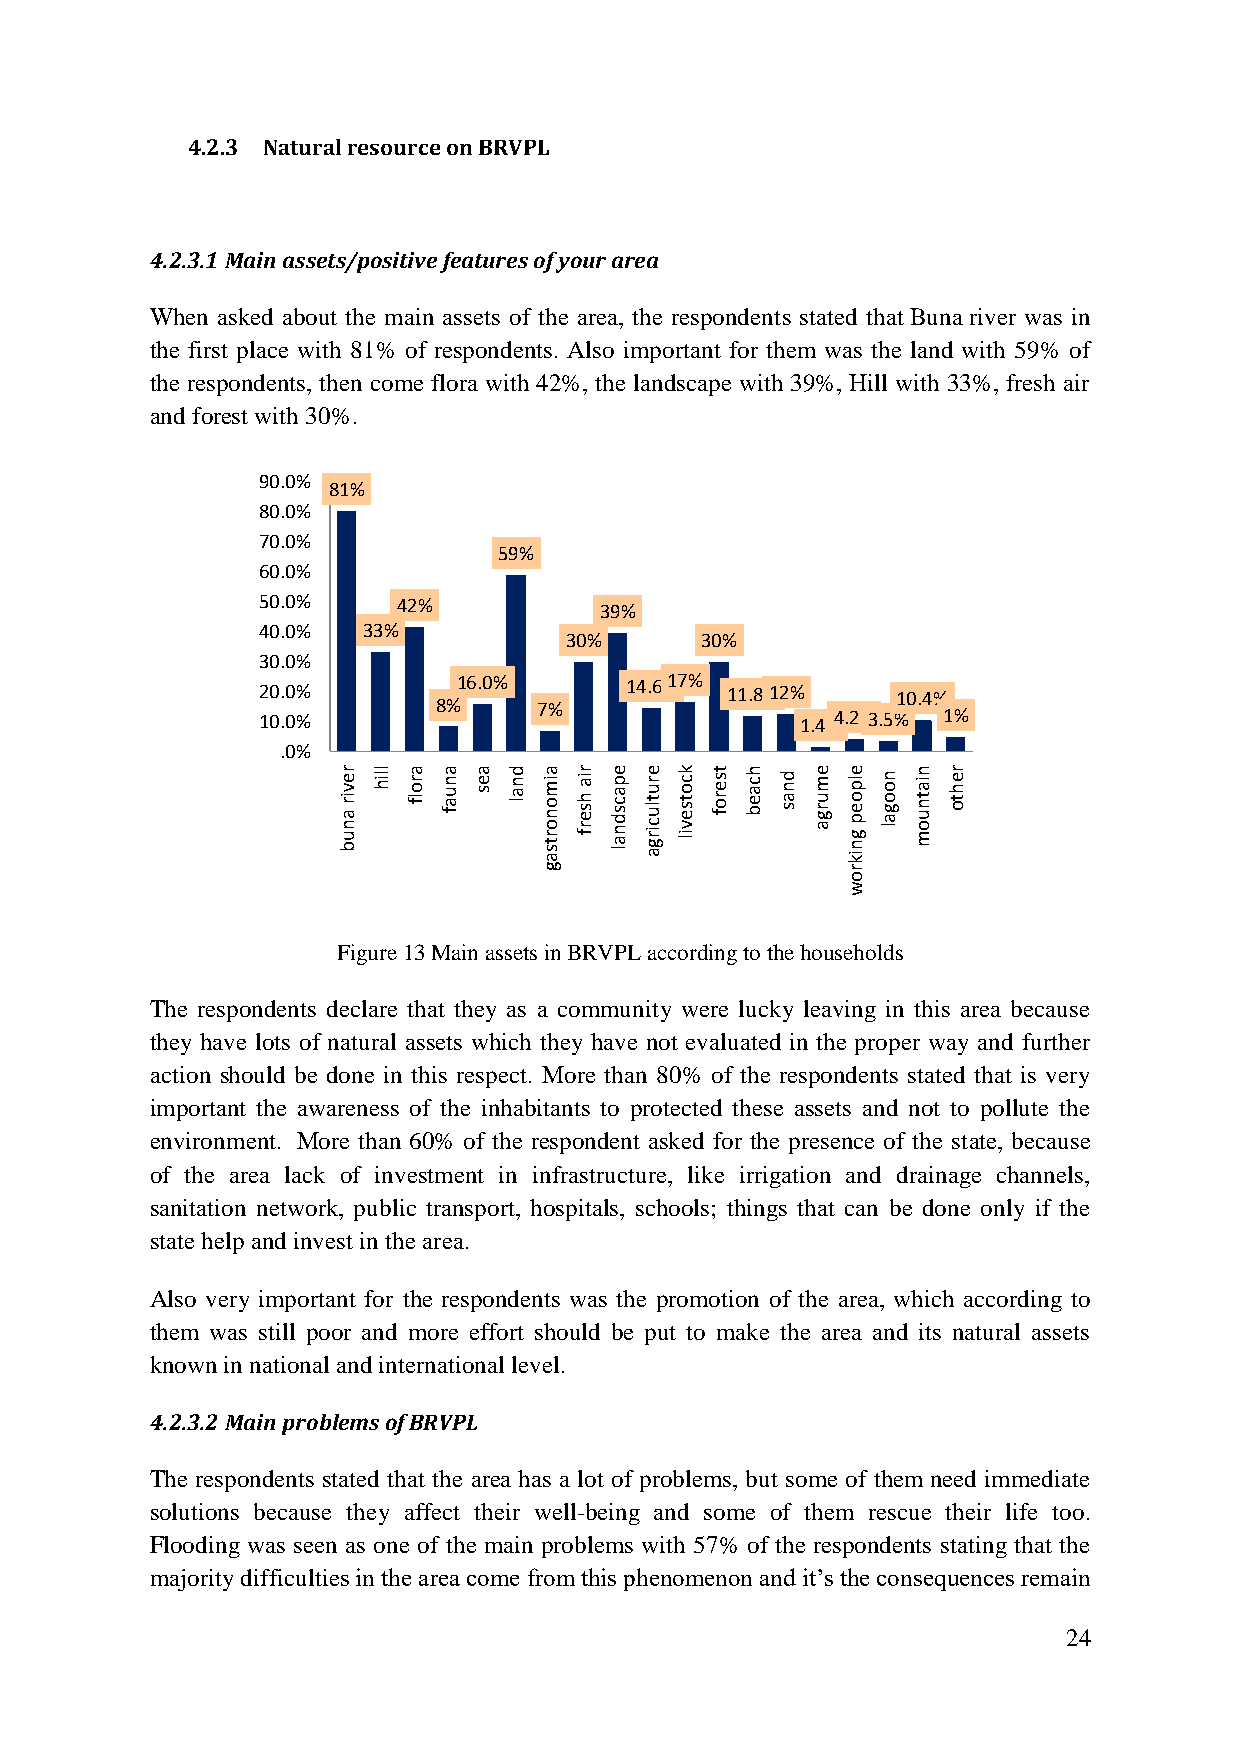
4.2.3 Natural resource on BRVPL
 4.2.3.1 Main assets/positive features of your area
 When asked about the main assets of the area, the respondents stated that Buna river was in
 the first place with 81% of respondents. Also important for them was the land with 59% of
 the respondents, then come flora with 42%, the landscape with 39%, Hill with 33%, fresh air
 and forest with 30%.
 90.0%
 81%
 80.0%
 70.0%
 59%
 60.0%
 50.0%    42%
 39%
 40.0%  33%
 30%      30%
 30.0%
 12 00 .. 00 %%
 8%1 6.0%
 7%
 14.6%1 7%
 11.8%1 2%
 1
 .4%4 .2%3
 .5%10 .4%
 1 %
 .0%
 r e v ir a n u b llih a r o lf a n u a f a e s d n a l a im o n o r t s a r ia h s e r f e p a c s d n a l e r u t lu c ir g a k c o t s e v il t s e r o f h c a e b d n a s e m u r g a e lp o e p g n ik n o o g a l n ia t n u o m r e h t o
 g                   r
 o
 w
 Figure 13 Main assets in BRVPL according to the households
 The respondents declare that they as a community were lucky leaving in this area because
 they have lots of natural assets which they have not evaluated in the proper way and further
 action should be done in this respect. More than 80% of the respondents stated that is very
 important the awareness of the inhabitants to protected these assets and not to pollute the
 environment. More than 60% of the respondent asked for the presence of the state, because
 of the area lack of investment in infrastructure, like irrigation and drainage channels,
 sanitation network, public transport, hospitals, schools; things that can be done only if the
 state help and invest in the area.
 Also very important for the respondents was the promotion of the area, which according to
 them was still poor and more effort should be put to make the area and its natural assets
 known in national and international level.
 4.2.3.2 Main problems of BRVPL
 The respondents stated that the area has a lot of problems, but some of them need immediate
 solutions because they affect their well-being and some of them rescue their life too.
 Flooding was seen as one of the main problems with 57% of the respondents stating that the
 majority difficulties in the area come from this phenomenon and it‟s the consequences remain
 24